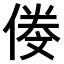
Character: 𠌍